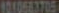
1010683705